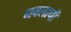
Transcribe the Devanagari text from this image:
नवलाची